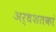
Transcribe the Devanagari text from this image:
अर्धशतकां